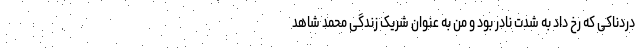
دردناکی که رخ داد به شدت نادر بود و من به عنوان شریک زندگی محمد شاهد